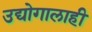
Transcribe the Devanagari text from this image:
उद्योगालाही